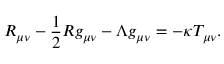
R _ { \mu \nu } - { \frac { 1 } { 2 } } R g _ { \mu \nu } - \Lambda g _ { \mu \nu } = - \kappa T _ { \mu \nu } .